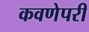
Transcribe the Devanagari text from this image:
कवणेपरी